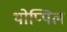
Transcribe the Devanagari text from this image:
थोप्पिल